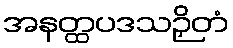
အနတ္ထပဒသဉှိတံ